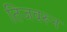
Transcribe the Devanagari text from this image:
तिजवरून